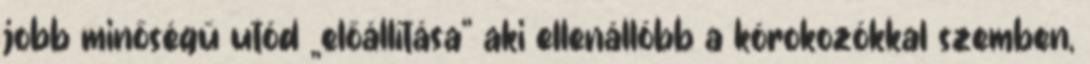
jobb minőségű utód „előállítása” aki ellenállóbb a kórokozókkal szemben,